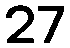
27